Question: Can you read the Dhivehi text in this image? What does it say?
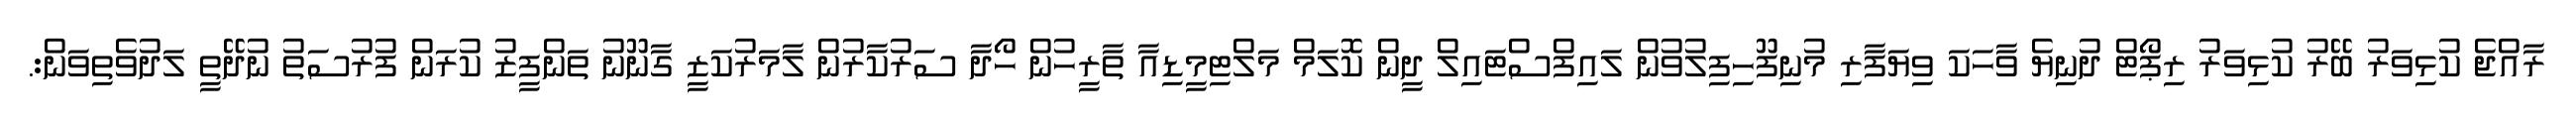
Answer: ރާއްޖެ ކުޅިވަރު ބޭރު ކުޅިވަރު ރިޕޯޓް ދުނިޔެ ވާހަކަ ވިޔަފާރި މުނިފޫހިފިލުވުން ލައިފްސްޓައިލް ދީން ކޮލަމް މަލްޓިމީޑިއާ ތާރީހުން ހޯދާ ސަރުކާރުން ލާމަރުކަޒީ ގާނޫނު ތަންފީޒު ކުރަން ފުރުސަތު ނުދޭތީ ލަދުވެތިވަން:.